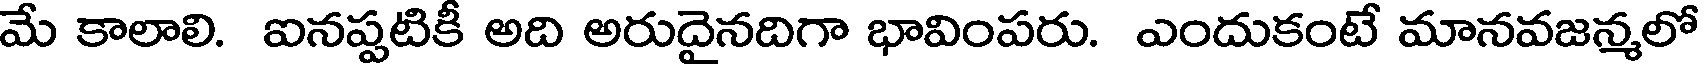
మే కాలాలి. ఐనప్పటికీ అది అరుదైనదిగా భావింపరు. ఎందుకంటే మానవజన్మలో